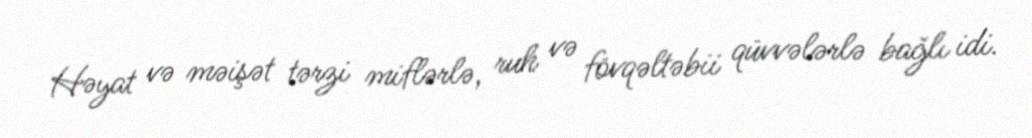
Həyat və məişət tərzi miflərlə, ruh və fövqəltəbii qüvvələrlə bağlı idi.